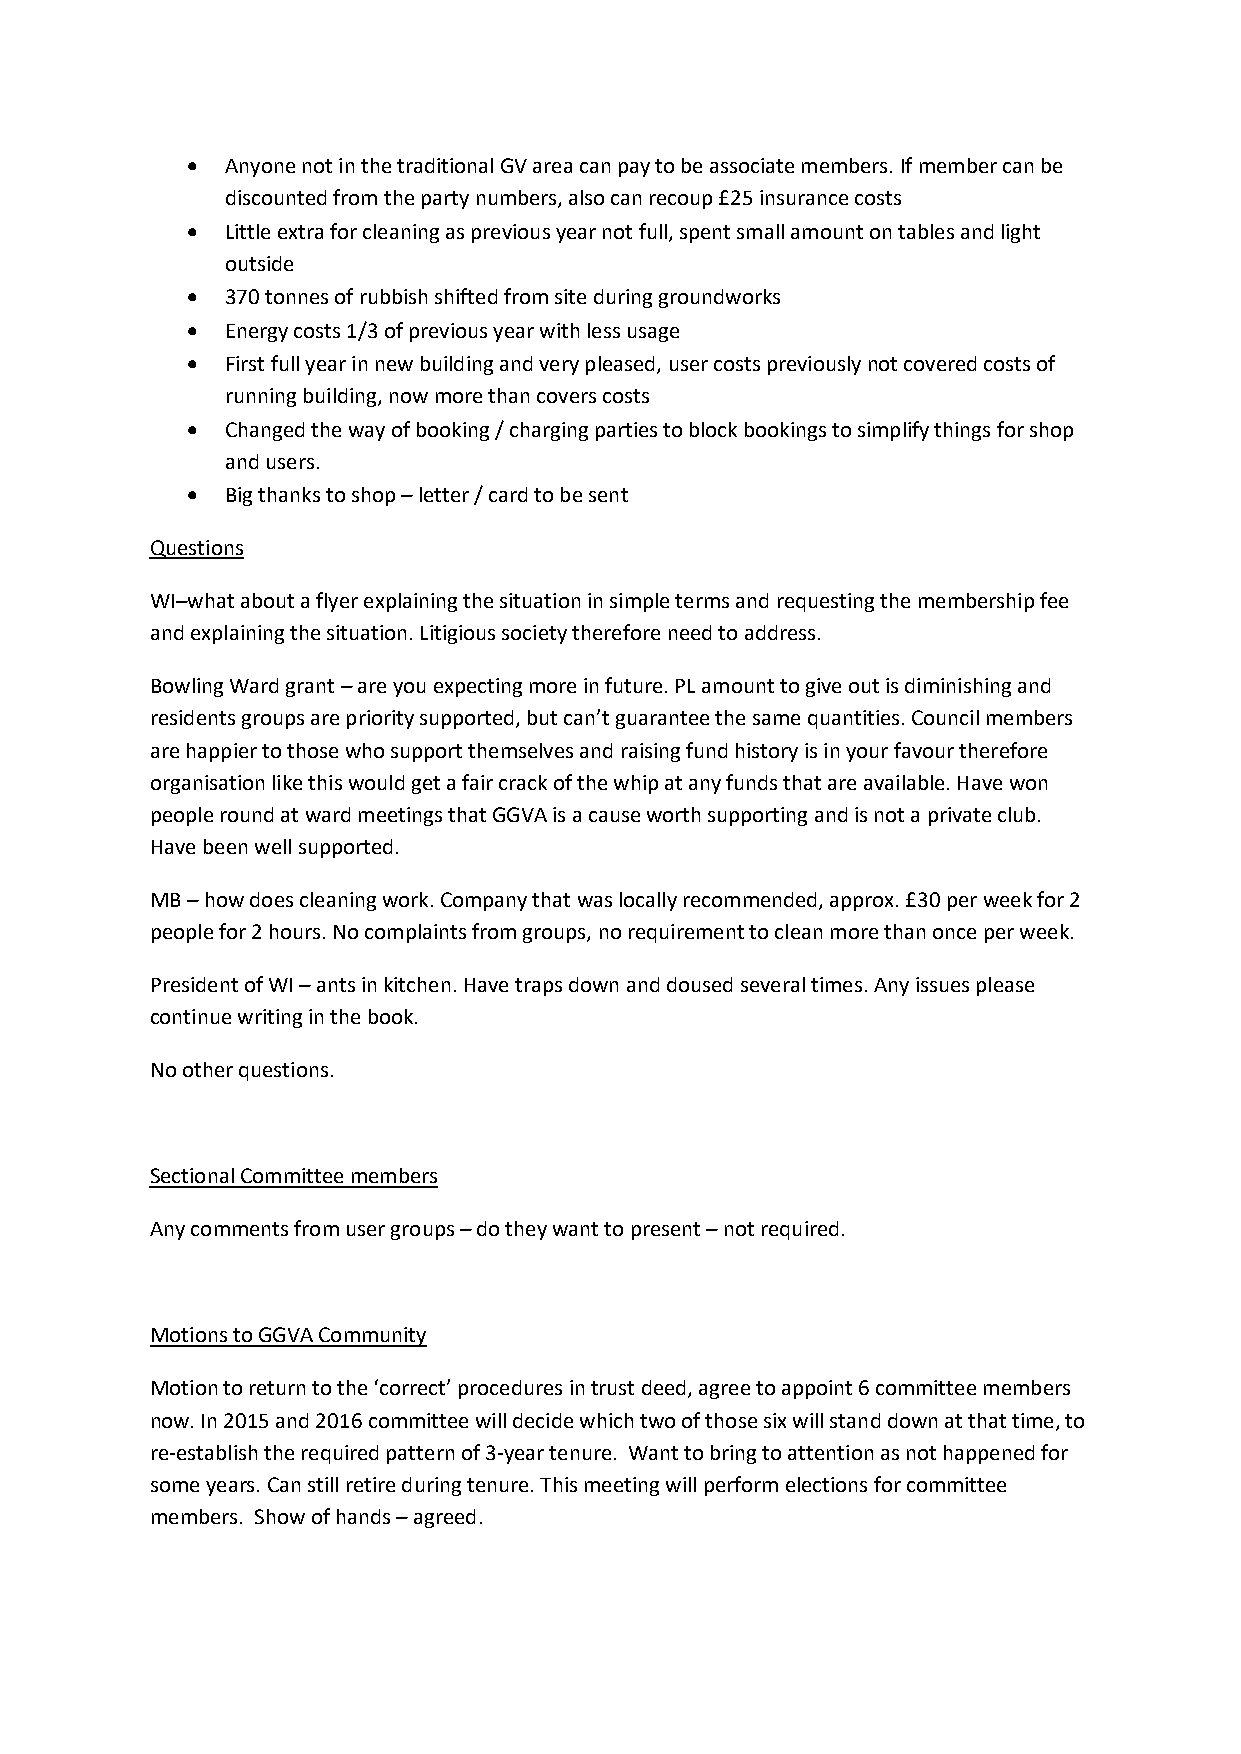
•  Anyone not in the traditional GV area can pay to be associate members. If member can be
 discounted from the party numbers, also can recoup £25 insurance costs
 •  Little extra for cleaning as previous year not full, spent small amount on tables and light
 outside
 •  370 tonnes of rubbish shifted from site during groundworks
 •  Energy costs 1/3 of previous year with less usage
 •  First full year in new building and very pleased, user costs previously not covered costs of
 running building, now more than covers costs
 •  Changed the way of booking / charging parties to block bookings to simplify things for shop
 and users.
 •  Big thanks to shop – letter / card to be sent
 Questions
 WI–what about a flyer explaining the situation in simple terms and requesting the membership fee
 and explaining the situation. Litigious society therefore need to address.
 Bowling Ward grant – are you expecting more in future. PL amount to give out is diminishing and
 residents groups are priority supported, but can’t guarantee the same quantities. Council members
 are happier to those who support themselves and raising fund history is in your favour therefore
 organisation like this would get a fair crack of the whip at any funds that are available. Have won
 people round at ward meetings that GGVA is a cause worth supporting and is not a private club.
 Have been well supported.
 MB – how does cleaning work. Company that was locally recommended, approx. £30 per week for 2
 people for 2 hours. No complaints from groups, no requirement to clean more than once per week.
 President of WI – ants in kitchen. Have traps down and doused several times. Any issues please
 continue writing in the book.
 No other questions.
 Sectional Committee members
 Any comments from user groups – do they want to present – not required.
 Motions to GGVA Community
 Motion to return to the ‘correct’ procedures in trust deed, agree to appoint 6 committee members
 now. In 2015 and 2016 committee will decide which two of those six will stand down at that time, to
 re-establish the required pattern of 3-year tenure. Want to bring to attention as not happened for
 some years. Can still retire during tenure. This meeting will perform elections for committee
 members. Show of hands – agreed.